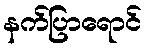
နက်ပြာရောင်